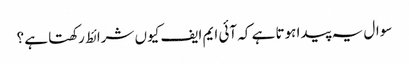
سوال یہ پیدا ہوتا ہے کہ آئی ایم ایف کیوں شرائط رکھتا ہے ؟